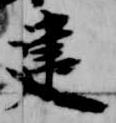
建